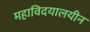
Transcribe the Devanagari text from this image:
महाविदयालयीन